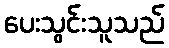
ပေးသွင်းသူသည်